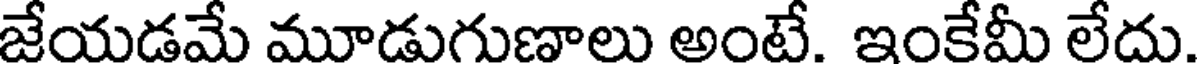
జేయడమే మూడుగుణాలు అంటే. ఇంకేమీ లేదు.